Annual report on the Civil Veterinary Department, Burma (including the Insein Veterinary School) - 1923-1931
Year: 1923
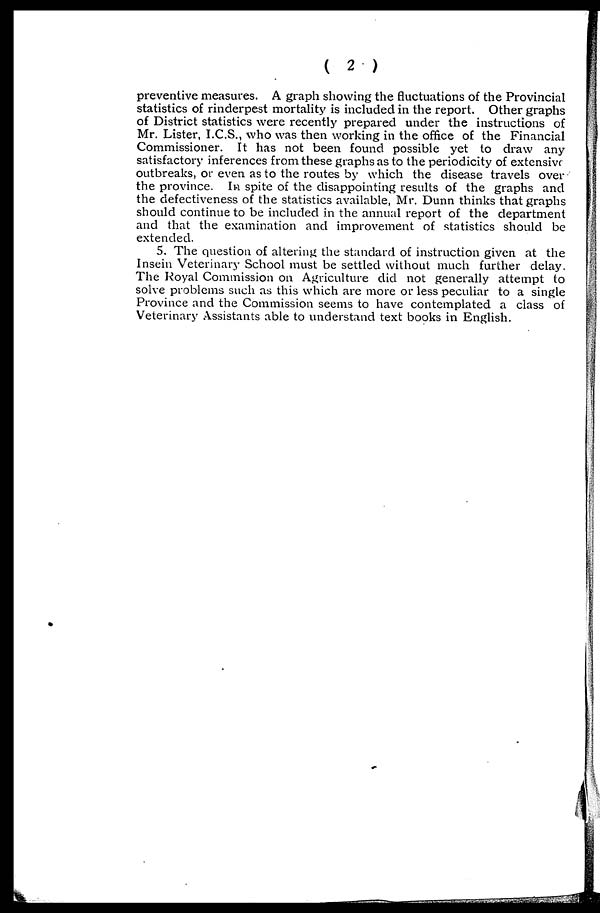
( 2 )
preventive measures. A graph showing the fluctuations of the Provincial
statistics of rinderpest mortality is included in the report. Other graphs
of District statistics were recently prepared under the instructions of
Mr. Lister, I.C.S., who was then working in the office of the Financial
Commissioner. It has not been found possible yet to draw any
satisfactory inferences from these graphs as to the periodicity of extensive
outbreaks, or even as to the routes by which the disease travels over
the province. In spite of the disappointing results of the graphs and
the defectiveness of the statistics available, Mr. Dunn thinks that graphs
should continue to be included in the annual report of the department
and that the examination and improvement of statistics should be
extended.
5. The question of altering the standard of instruction given at the
Insein Veterinary School must be settled without much further delay.
The Royal Commission on Agriculture did not generally attempt to
solve problems such as this which are more or less peculiar to a single
Province and the Commission seems to have contemplated a class of
Veterinary Assistants able to understand text books in English.